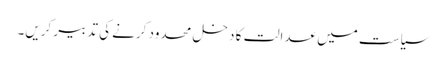
سیاست میں عدالت کا دخل محدود کرنے کی تدبیر کریں۔